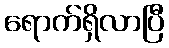
ရောက်ရှိလာပြီ